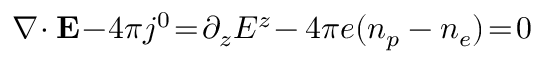
\nabla \! \cdot { \bf E } \! - \! 4 \pi j ^ { 0 } \! = \! \partial _ { z } E ^ { z } \! - 4 \pi e ( n _ { p } - n _ { e } ) \! = \! 0